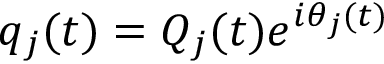
q _ { j } ( t ) = Q _ { j } ( t ) e ^ { i \theta _ { j } ( t ) }